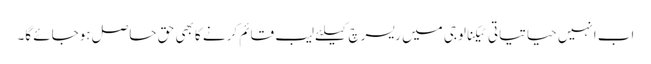
اب انہیں حیاتیاتی ٹیکنالوجی میں ریسرچ کیلئے لیب قائم کرنے کا بھی حق حاصل ہوجائے گا۔